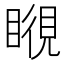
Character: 𥉎